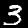
Digit: 3